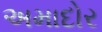
અમાદોર